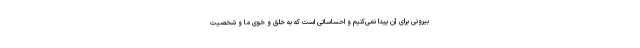
بیرونی برای آن پیدا نمی‌کنیم و احساساتی است که به خلق و خوی ما و شخصیت